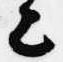
上